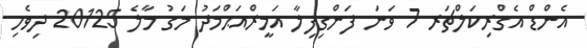
އެންޑް އެގްރިކަލްޗަރ 7 ވަނަ ފަންގިފިލާ އަމީރްއަޙްމަދު މަގު މާލެ 20125 ދިވެހި